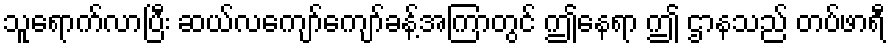
သူရောက်လာပြီး ဆယ်လကျော်ကျော်ခန့်အကြာတွင် ဤနေရာ ဤ ဌာနသည် တပ်ဖာရီ